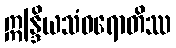
ဣန္ဒြိယသံဝရောတိဿ